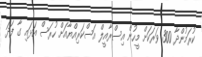
ކުރަމުންދާ 300 ވަރަކަށް މީހުން އިސްރާއީލް އަސްކަރިއްޔާއަށް ހުރަސް އަޅައި ގާ ފަދަ